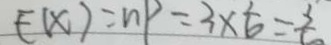
E ( x ) = n P = 3 \times \frac { 1 } { 6 } = \frac { 3 } { 6 }